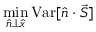
\operatorname* { m i n } _ { \hat { n } \bot \hat { x } } { \mathrm { V a r } [ \hat { n } \cdot \vec { S } ] }